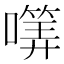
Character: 𡀜